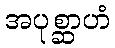
အပုစ္ဆာဟံ